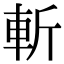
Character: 斬